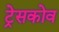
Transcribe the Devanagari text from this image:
ट्रेसकोव